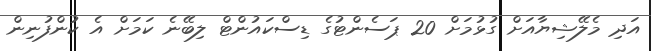
އަދި މެލޭޝިޔާއަށް ގުޅުމަށް 20 ޕަސެންޓުގެ ޑިސްކައުންޓް ލިބޭނެ ކަމަށް އެ ކުންފުނިން